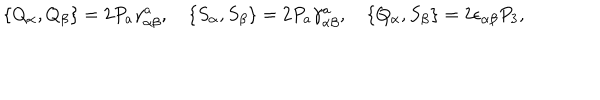
LaTeX: \{ Q _ { \alpha } , Q _ { \beta } \} = 2 P _ { a } \gamma _ { \alpha \beta } ^ { a } , \quad \{ S _ { \alpha } , S _ { \beta } \} = 2 P _ { a } \gamma _ { \alpha \beta } ^ { a } , \quad \{ Q _ { \alpha } , S _ { \beta } \} = 2 \epsilon _ { \alpha \beta } P _ { 3 } ,